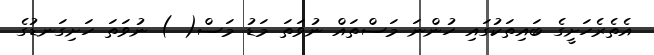
އެތެރެހަށީގެ ބައިތަކުގައި ހުންނަ މަސްތައް ނުވަތަ މަޑު މަސް( ) ނުވަތަ ހަށިގަނޑުގެ